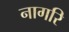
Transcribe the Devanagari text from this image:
नागरि